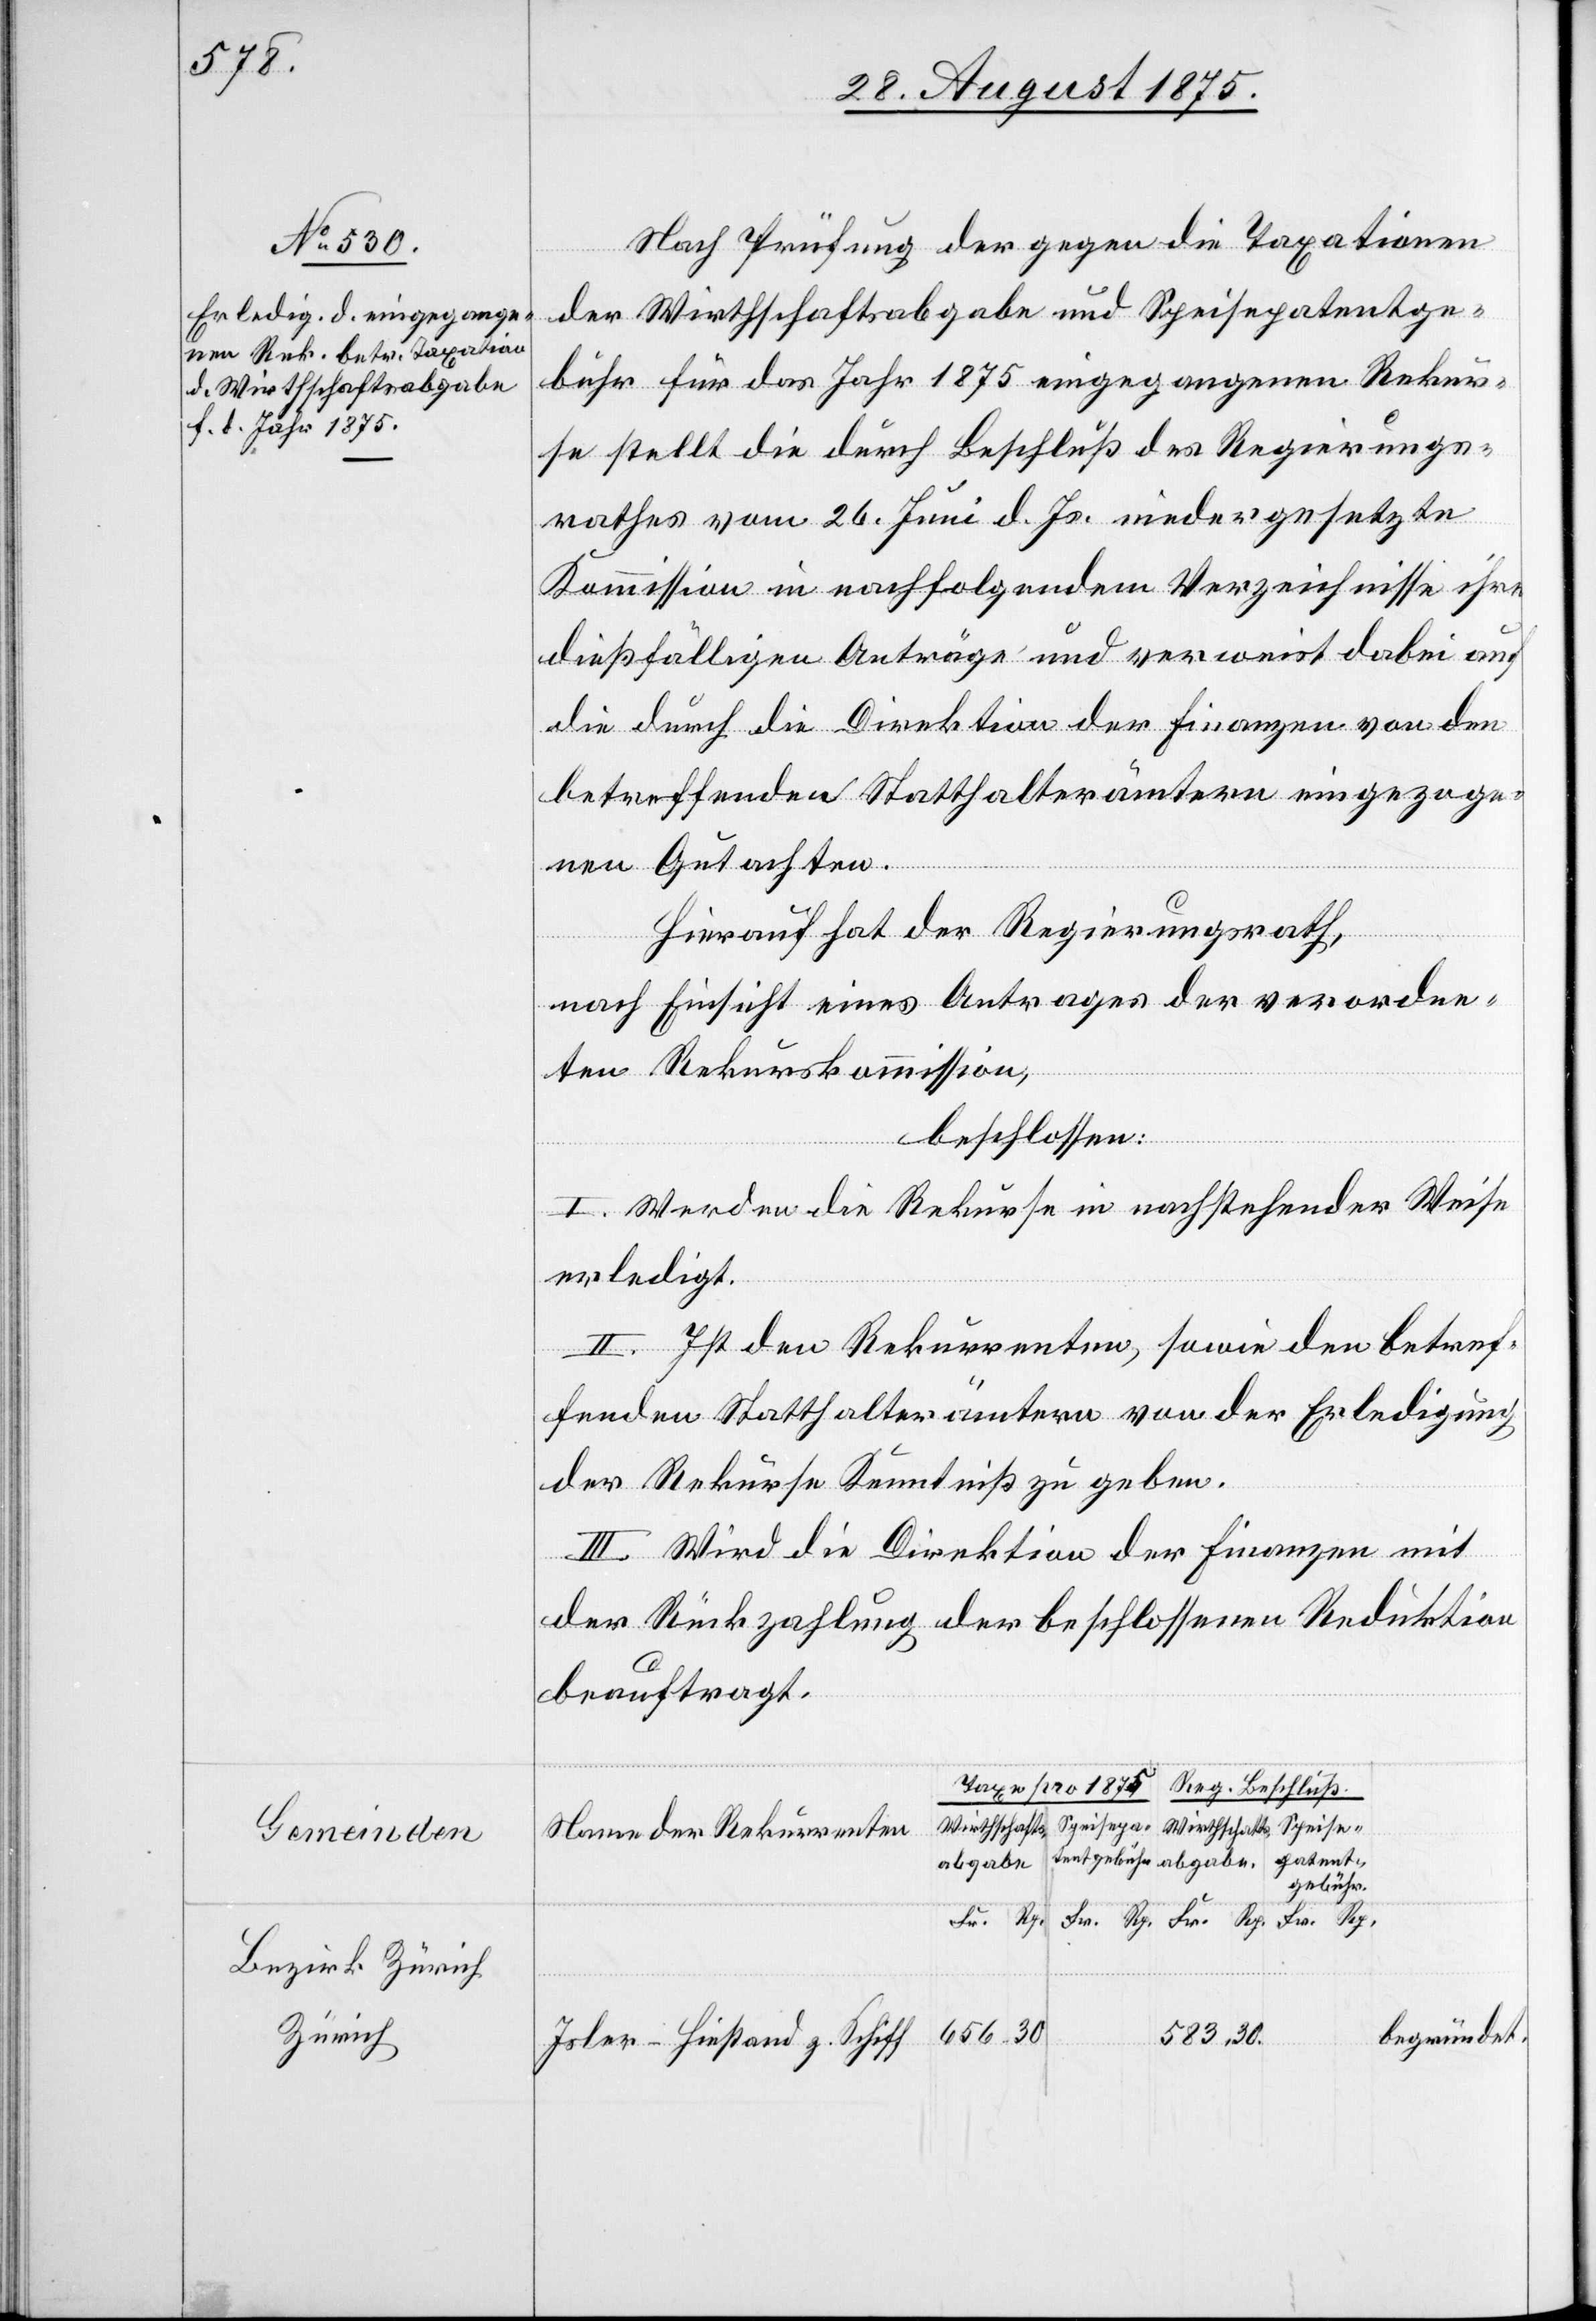
Wirthschaftsabgabe
Gemeinden
Bezirk Zürich
Zürich

Nach Prüfung der gegen die Taxationen
der Wirthschaftsabgabe und Speisepatentge¬
bühr für das Jahr 1875 eingegangenen Rekur¬
se stellt die durch Beschluß des Regierungs¬
rathes vom 26. Juni d. Js. niedergesetzte
Kommission in nachfolgendem Verzeichnisse ihre
dießfälligen Anträge und verweist dabei auf
die durch die Direktion der Finanzen von den
betreffenden Statthalterämtern eingezoge¬
Fr.
nen Gutachten.
Hierauf hat der Regierungsrath,
nach Einsicht eines Antrages der verordne¬
ten Rekurskommission,
beschlossen:
I. Werden die Rekurse in nachstehender Weise
erledigt.
II. Ist den Rekurrenten, sowie den betref¬
fenden Statthalterämtern von der Erledigung
der Rekurse Kenntniß zu geben.
III. Wird die Direktion der Finanzen mit
der Rückzahlung der beschlossenen Reduktion
beauftragt.
Name der Rekurrenten
gebühr
begründet.
Isler-Hiestand z. Schiff